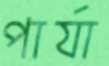
পার্যা